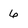
Character: 6